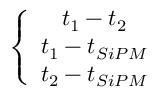
\left\{ \begin{array} { c } { t _ { 1 } - t _ { 2 } } \\ { t _ { 1 } - t _ { S i P M } } \\ { t _ { 2 } - t _ { S i P M } } \end{array} \right.